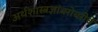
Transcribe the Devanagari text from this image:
अर्थशास्त्रज्ञांबरोबरीचे